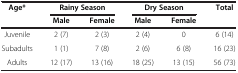
<table><thead><tr><td rowspan="2"><b>Age*</b></td><td colspan="2"><b>Rainy Season</b></td><td colspan="2"><b>Dry Season</b></td><td rowspan="2"><b>Total</b></td></tr><tr><td><b>Male</b></td><td><b>Female</b></td><td><b>Male</b></td><td><b>Female</b></td></tr></thead><tbody><tr><td>Juvenile</td><td>2 (7)</td><td>2 (3)</td><td>2 (4)</td><td>0</td><td>6 (14)</td></tr><tr><td>Subadults</td><td>1 (1)</td><td>7 (8)</td><td>2 (6)</td><td>6 (8)</td><td>16 (23)</td></tr><tr><td>Adults</td><td>12 (17)</td><td>13 (16)</td><td>18 (25)</td><td>13 (15)</td><td>56 (73)</td></tr></tbody></table>